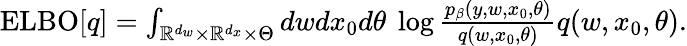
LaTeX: \begin{array}{r}{\operatorname{ELBO}[q]=\int_{\mathbb{R}^{d_{w}}\times\mathbb{R}^{d_{x}}\times\Theta}dwdx_{0}d\theta\ \log{\frac{p_{\beta}(y,w,x_{0},\theta)}{q(w,x_{0},\theta)}}q(w,x_{0},\theta).}\end{array}